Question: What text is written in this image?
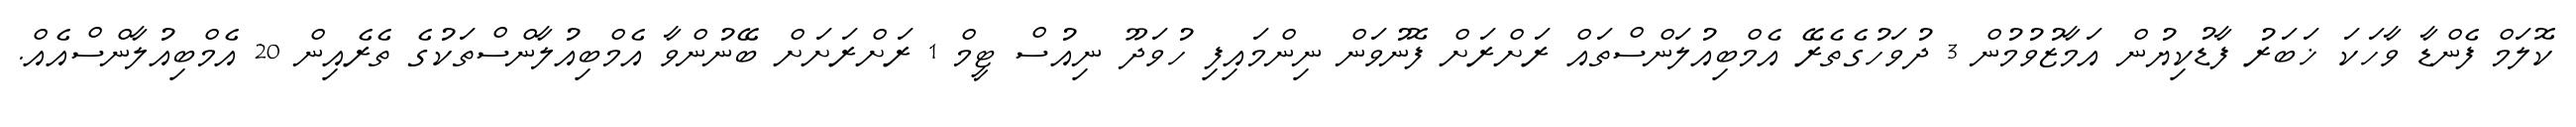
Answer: ކޮލަމް ފެންޑާ ވާހަކަ ޚަބަރު ފާޑުކިޔުން އަމާޒުވުމުން 3 ދުވަހުގެތެރޭ އެމްބިއުލަންސްތައް ރަށްރަށް ފޮނުވަން ނިންމައިފި ހުވަދޫ ނިއުސް ޓީމް 1 ރަށްރަށަށް ބޭނުންވާ އެމްބިއުލާންސްތަކުގެ ތެރެއިން 20 އެމްބިއުލާންސްއެއް.